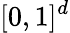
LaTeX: [0,1]^{d}